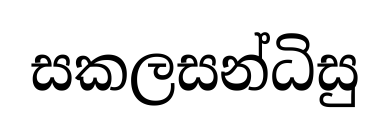
සකලසන්ධිසු